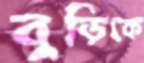
বুড়িকে